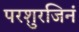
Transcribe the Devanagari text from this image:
परशुरजिनं